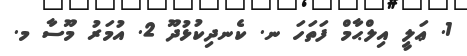
1. ޢަލީ އިލްޙާމް ފަތަހަ ނ. ކެނދިކުޅުދޫ 2. އުމަރު މޫސާ މ.